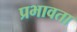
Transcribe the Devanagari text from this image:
प्रभावता